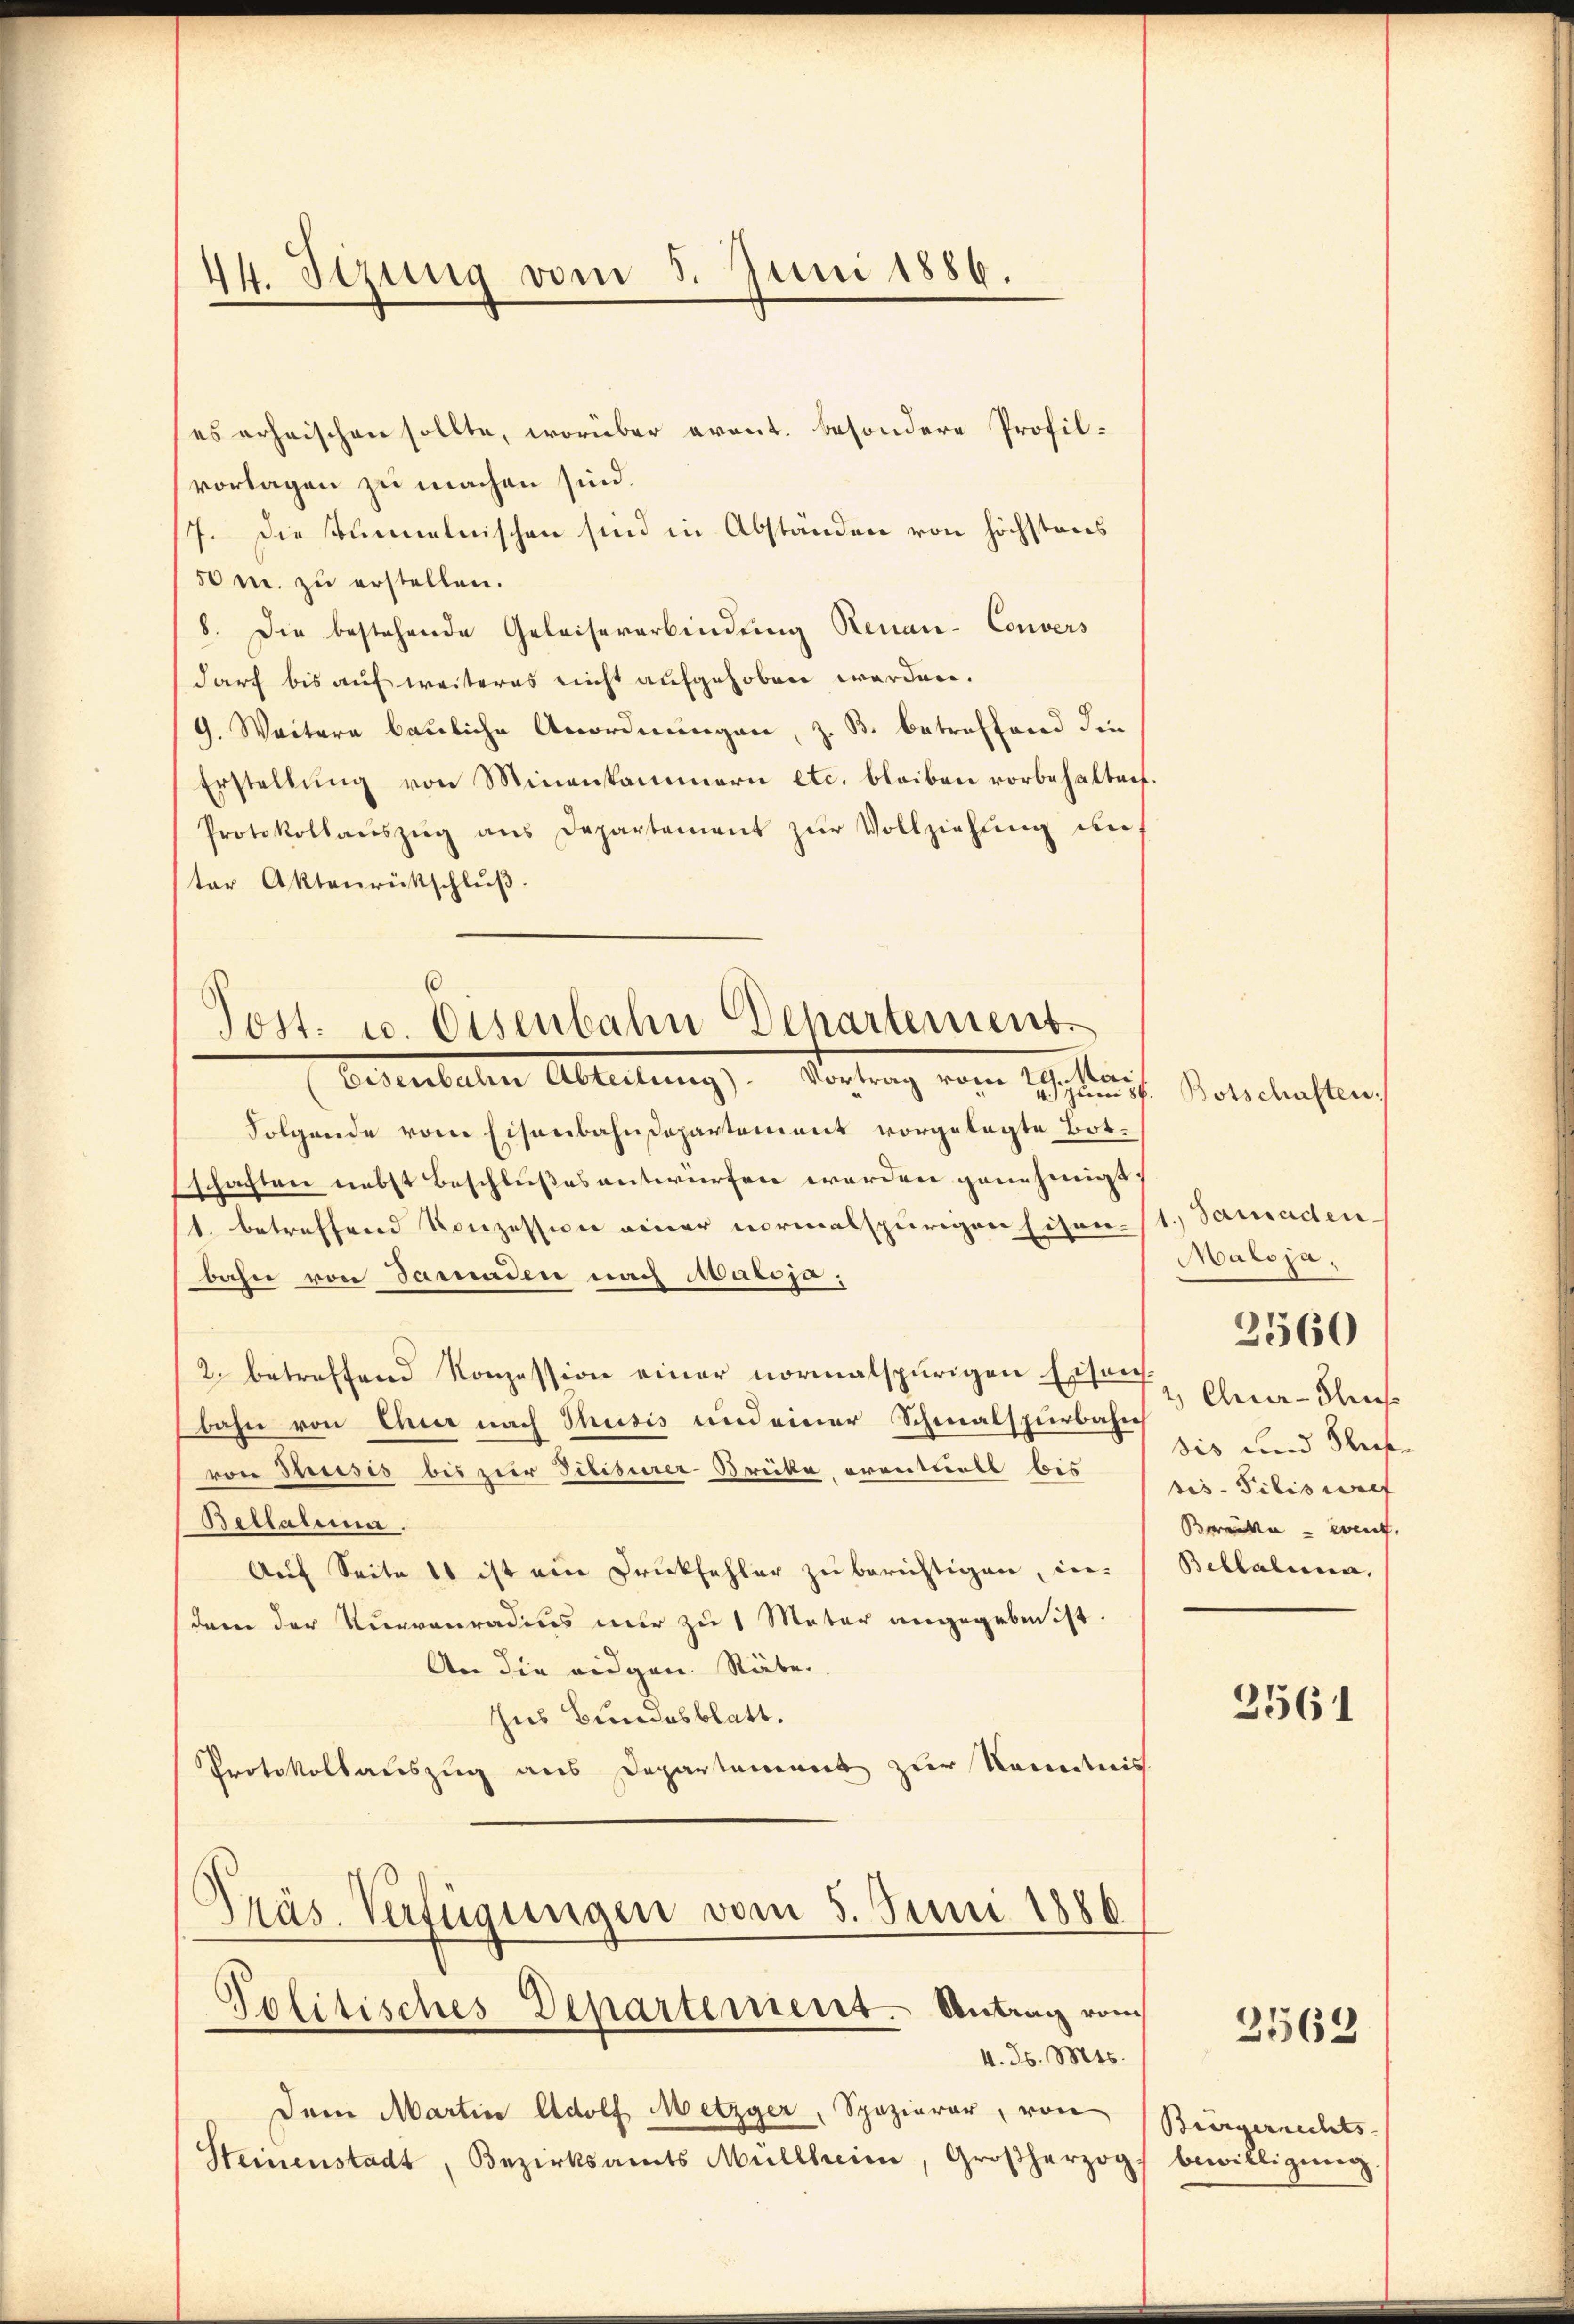
44. Stzung vom 5. Juni 1886.

es erheischen sollte, worüber event. besondere Profilvorlagen zu machen sind.
17. Die Tunnelnischen sind in Abständen von höchstens
50 m. zu erstellen.
8. Die bestehende Geleisererbindung Renau-Convers
darf bis auf weiteres nicht aufgehoben werden.
9. Weitere bauliche Anordnungen, z. B. betreffend die
Erstellŭng von Minenkammern etc. bleiben vorbehalten.
Protokollaŭszŭg ans Departement zŭr Vollziehŭng auf
ter Aktenrütschlŭβ

Post. u. Eisenbahn Departement

Bedeuteten Abteilung, Dornung von Gesuch
Folgende vom Eisenbahndepartement vorgelegte Botschaften nebst Beschlußes antwürfen worden genehmigt;
1. betreffend Konzession einer normalspurigen Eisen./1. Samaden-
bahn von Jamaden nach Marija,
2. betreffend Konzession einer normalspurigen Ester Ehea-Fries
bahn von Quer nach Thusis und einer Schmalspurbahn
von Schreisis bis zur Diliturer-Brücke, eventuell bis sie Filis warf
Bellaten.
Auf Seite es ist ein Druckfehler zu berichtigen, in-
dem der Kurvauradius nur zu 1 Meter angegeben ist.
An die eidgen. Räte.
Ius Bundesblatt.
Protokollauszug aus Departement zur Kenntnis.
Präs. Verfügungen vom 5. Juni 1886
Politisches Departement. Antrag vom
4. d. Mts.
Dem Martin Adolf Metzger, Spazierer, von
Steinenstadt, Bezirksamts Müllheim, Großherzog

Botschaften.

Maloja,
sis und Sub¬
Brecke - auf.
Bellatura,

2560

3561

2562

Bürgerrechts-
bewilligung.